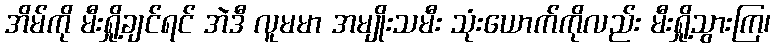
အိမ်ကို မီးရှို့ချင်ရင် အဲဒီ လူမမာ အမျိုးသမီး သုံးယောက်ကိုလည်း မီးရှို့သွားကြ၊